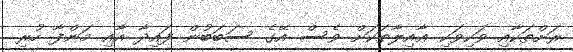
ރަށްތަކާއި ވަކިވަކި ޢާއިލާތަކަށް ވެސް އޭގެ ސަބަބުން ފައިދާ އާއި މަންފާ ހުރި